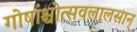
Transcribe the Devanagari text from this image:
गोषांश्चोत्सवलालसान्‌